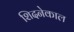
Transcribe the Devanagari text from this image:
शिदनेकाल